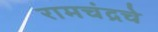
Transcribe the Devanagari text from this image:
रामचंद्रचे